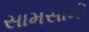
સામસામી